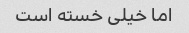
اما خیلی خسته است